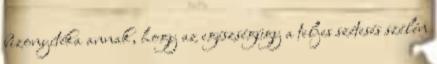
bizonyítéka annak, hogy az egészségügy a teljes szétesés szélén